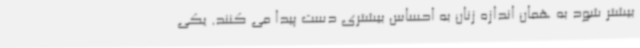
بیشتر شود به همان اندازه زنان به احساس بیشتری دست پیدا می کنند. یکی